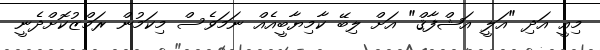
މިއީ އަދި "އަލީ އަޝްފާޤް" އަށް ލިބޭ ކާމިޔާބީއެއް ނަމަވެސް މިކަމުން ރަމްޒުކޮށްދެނީ